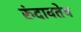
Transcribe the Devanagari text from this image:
रुंदावतेय